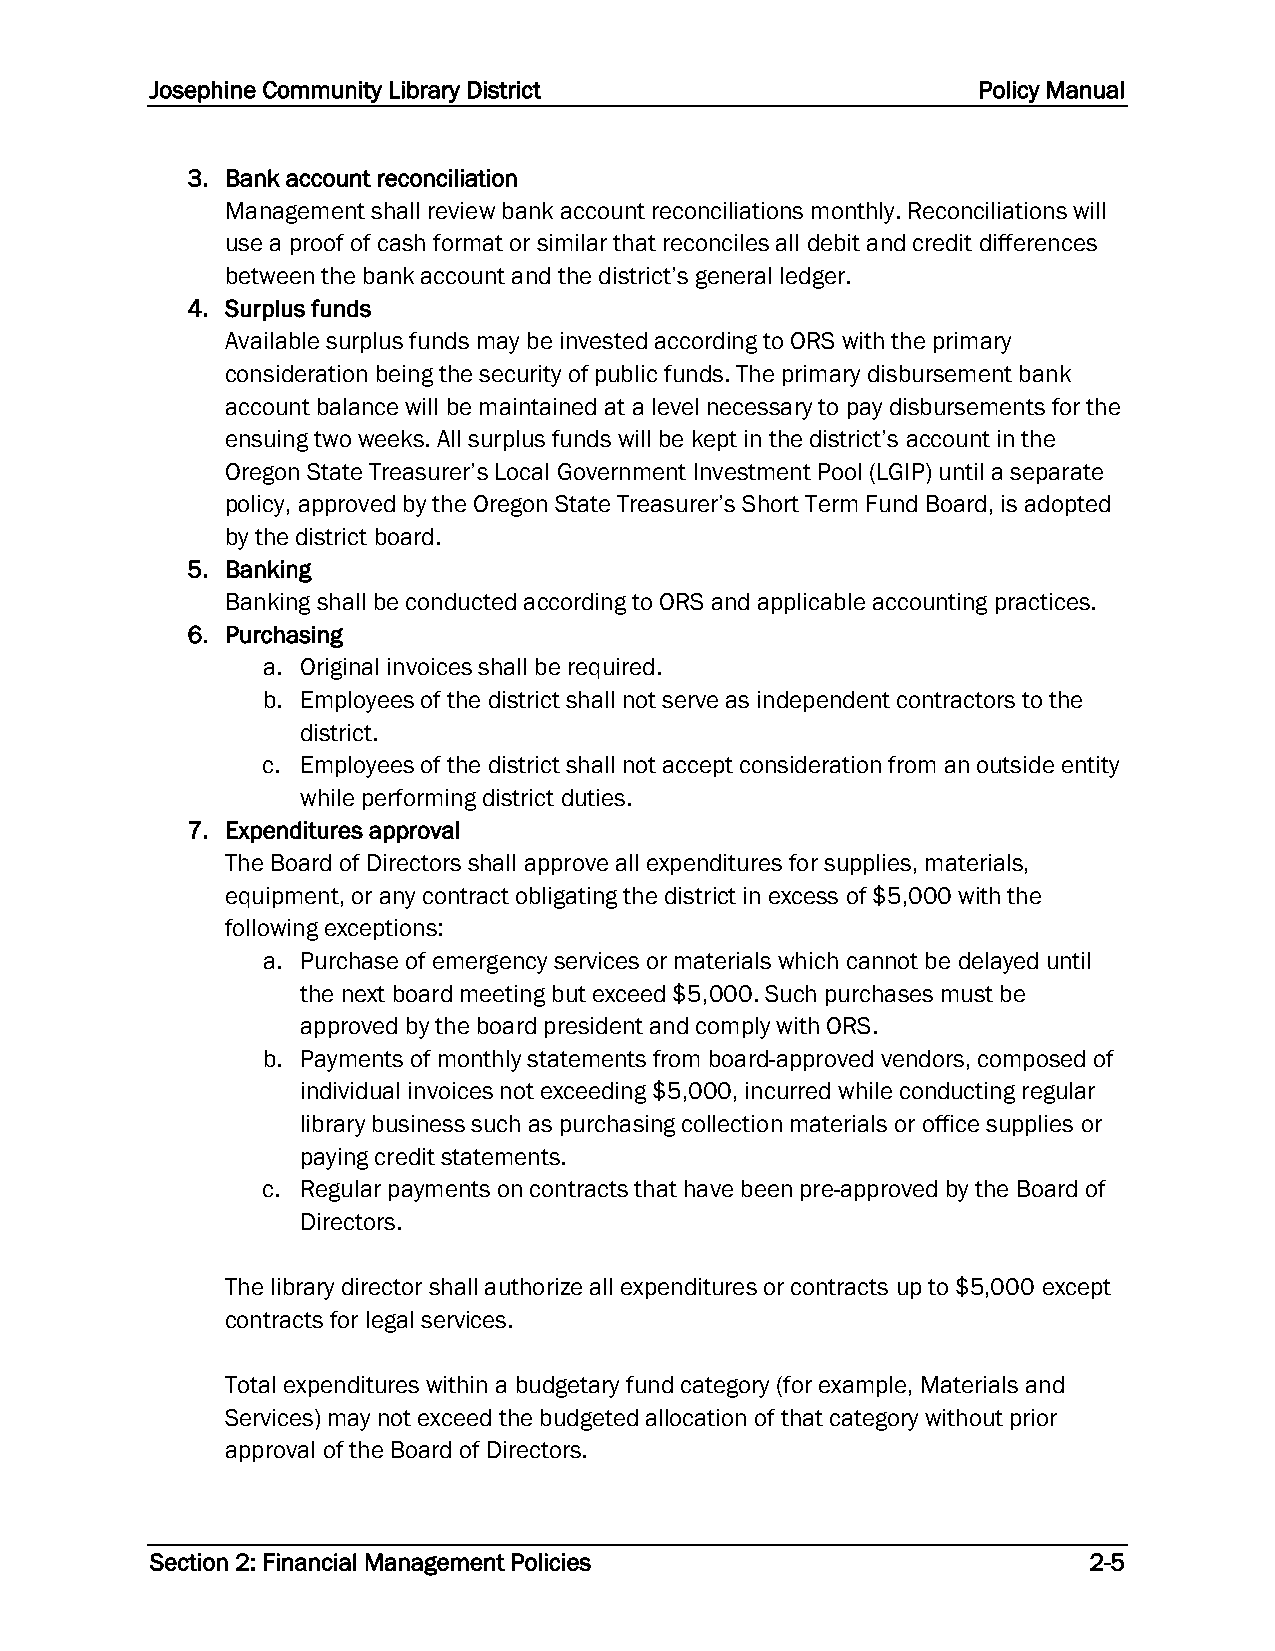
Josephine Community Library District                   Policy Manual
 3. Bank account reconciliation
 Management shall review bank account reconciliations monthly. Reconciliations will
 use a proof of cash format or similar that reconciles all debit and credit differences
 between the bank account and the district’s general ledger.
 4. Surplus funds
 Available surplus funds may be invested according to ORS with the primary
 consideration being the security of public funds. The primary disbursement bank
 account balance will be maintained at a level necessary to pay disbursements for the
 ensuing two weeks. All surplus funds will be kept in the district’s account in the
 Oregon State Treasurer’s Local Government Investment Pool (LGIP) until a separate
 policy, approved by the Oregon State Treasurer’s Short Term Fund Board, is adopted
 by the district board.
 5. Banking
 Banking shall be conducted according to ORS and applicable accounting practices.
 6. Purchasing
 a. Original invoices shall be required.
 b. Employees of the district shall not serve as independent contractors to the
 district.
 c. Employees of the district shall not accept consideration from an outside entity
 while performing district duties.
 7. Expenditures approval
 The Board of Directors shall approve all expenditures for supplies, materials,
 equipment, or any contract obligating the district in excess of $5,000 with the
 following exceptions:
 a. Purchase of emergency services or materials which cannot be delayed until
 the next board meeting but exceed $5,000. Such purchases must be
 approved by the board president and comply with ORS.
 b. Payments of monthly statements from board-approved vendors, composed of
 individual invoices not exceeding $5,000, incurred while conducting regular
 library business such as purchasing collection materials or office supplies or
 paying credit statements.
 c. Regular payments on contracts that have been pre-approved by the Board of
 Directors.
 The library director shall authorize all expenditures or contracts up to $5,000 except
 contracts for legal services.
 Total expenditures within a budgetary fund category (for example, Materials and
 Services) may not exceed the budgeted allocation of that category without prior
 approval of the Board of Directors.
 Section 2: Financial Management Policies                      2-5